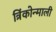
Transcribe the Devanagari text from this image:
त्रिंकोन्माली